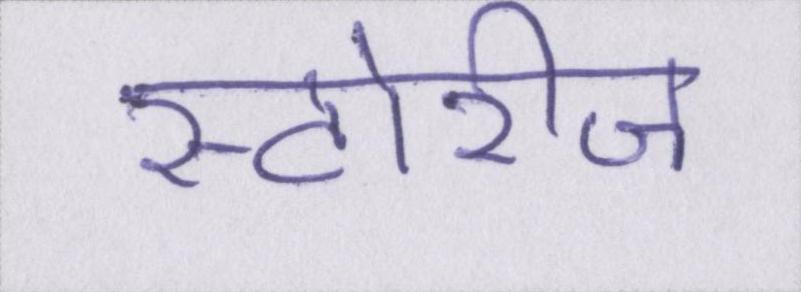
स्टोरीज